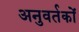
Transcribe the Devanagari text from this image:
अनुवर्तकों